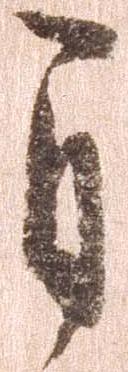
自